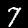
Label: 7